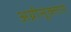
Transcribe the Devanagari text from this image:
अग्नीसूक्ताने